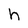
Character: h